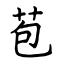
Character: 苞